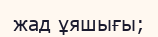
жад ұяшығы;